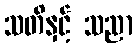
သတိနှင့် သညာ